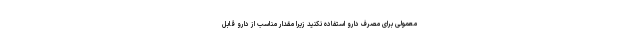
معمولی برای مصرف دارو استفاده نکنید زیرا مقدار مناسب از دارو قابل